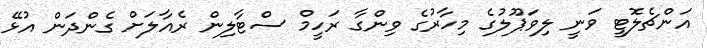
އަންޗެލޮޓީ ވަނީ ލިވަޕޫލުގެ މިހާރުގެ ވިންގާ ރަހީމް ސްޓާލިން ރެއާލަށް ގެންދަން އުޅޭ